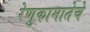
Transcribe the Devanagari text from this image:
रेणुकामातेचे